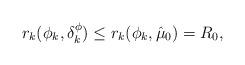
LaTeX: \begin{align*} r_k(\phi_k,\delta^\phi_k)\leq r_k(\phi_k,\hat{\mu}_0)=R_0,\end{align*}